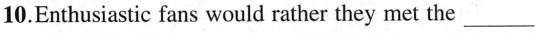
10.Enthusiastic fans would rather they met the ____